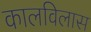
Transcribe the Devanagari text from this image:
कालविलास